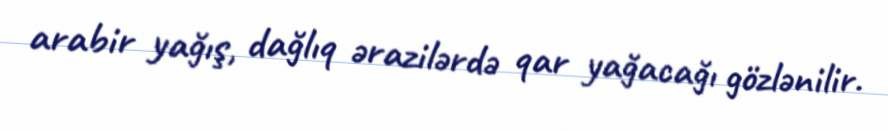
arabir yağış, dağlıq ərazilərdə qar yağacağı gözlənilir.